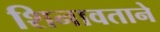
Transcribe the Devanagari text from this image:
शिनावताने